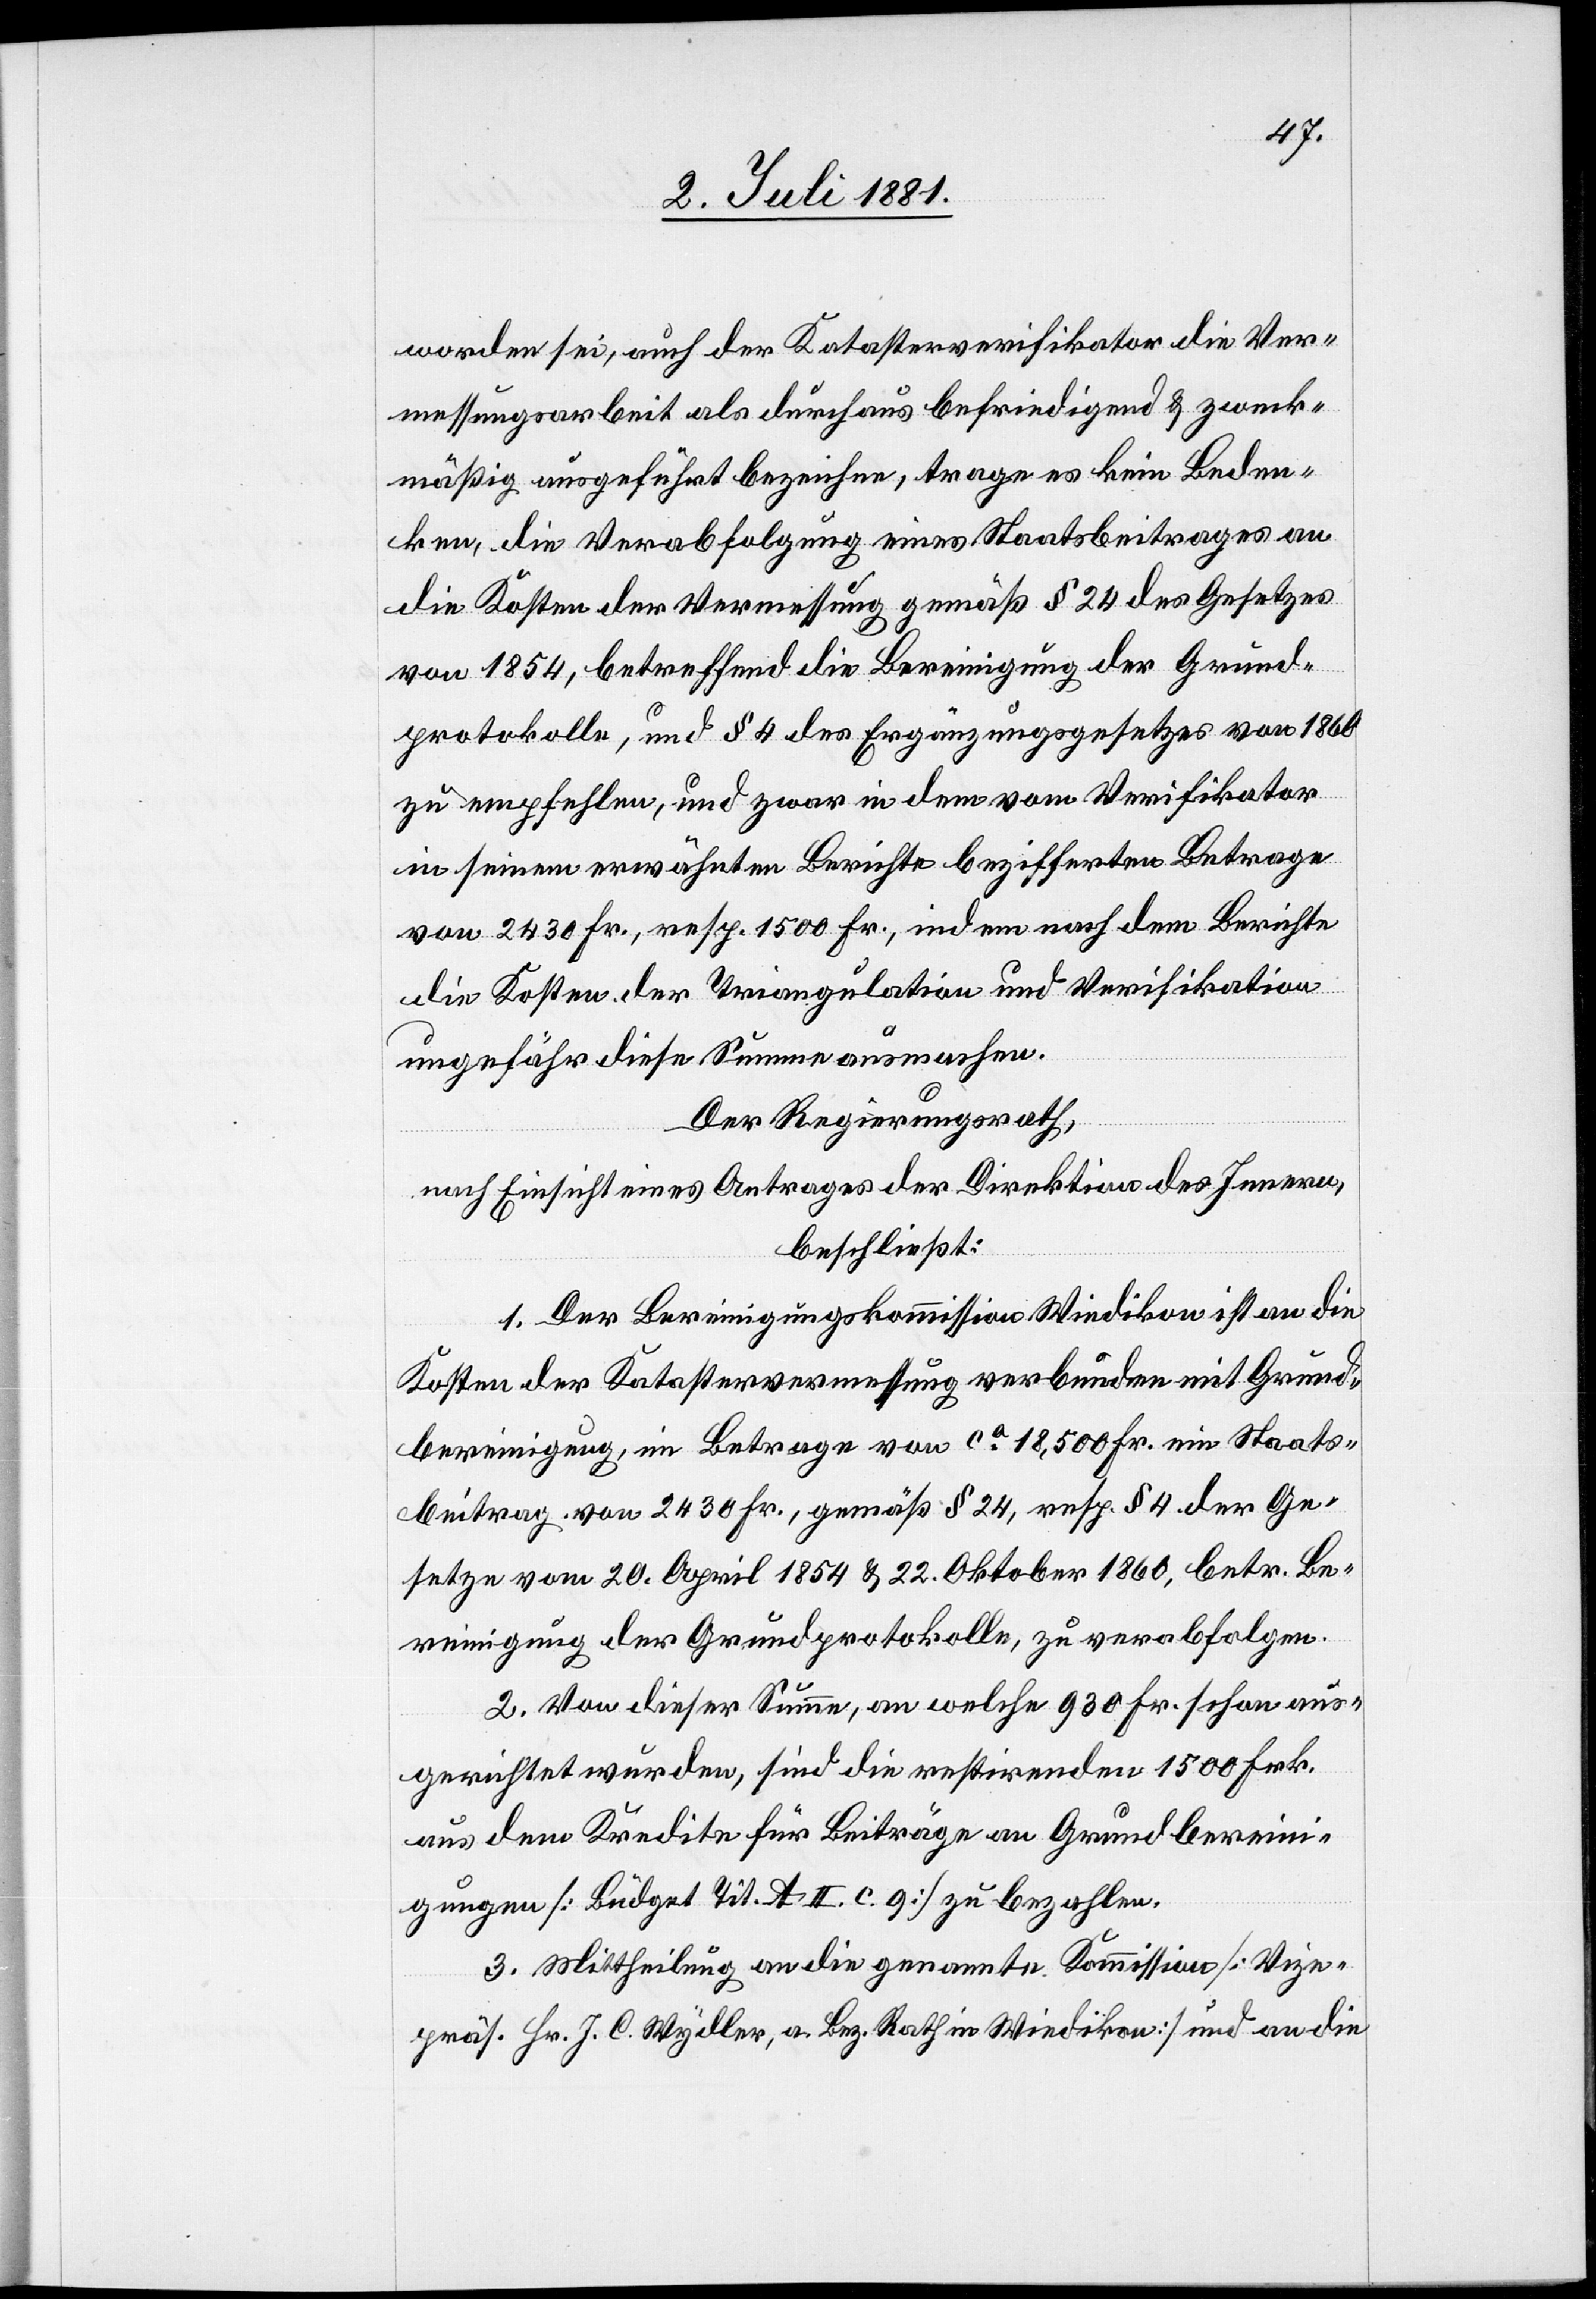
worden sei, auch der Katasterverifikator die Ver¬
messungsarbeit als durchaus befriedigend & zweck¬
mäßig ausgeführt bezeichne, trage es kein Beden¬
ken, die Verabfolgung eines Staatsbeitrages an
die Kosten der Vermessung gemäß § 24 des Gesetzes
von 1854, betreffend die Bereinigung der Grund¬
protokolle, und § 4 des Ergänzungsgesetzes von 1860
zu empfehlen, und zwar in dem vom Verifikator
in seinem erwähnten Berichte bezifferten Betrage
von 2430 Fr., resp. 1500 Fr., indem nach dem Berichte
die Kosten der Triangulation und Verifikation
ungefähr diese Summe ausmachen.
Der Regierungsrath,
nach Einsicht eines Antrages der Direktion des Innern,
beschließt:
1. Der Bereinigungskommission Wiedikon ist an die
Kosten der Katastervermessung verbunden mit Grund¬
bereinigung, im Betrage von ca 18,500 Fr. ein Staats¬
beitrag von 2430 Fr., gemäß § 24, resp. § 4 der Ge¬
setze vom 20. April 1854 & 22. Oktober 1860, betr. Be¬
reinigung der Grundprotokolle, zu verabfolgen.
2. Von dieser Summe, an welche 930 Fr. schon aus¬
gerichtet wurden, sind die restirenden 1500 Frk.
aus dem Kredite für Beiträge an Grundberein¬
igungen [Budget Tit. A. II. c. 9] zu bezahlen.
3. Mittheilung an die genannte Kommission [Vize¬
präs. Hr. J. C. Wydler, a. Bez. Rath in Wiedikon] und an die